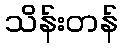
သိန်းတန်